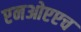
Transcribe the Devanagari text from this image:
एनओएएच